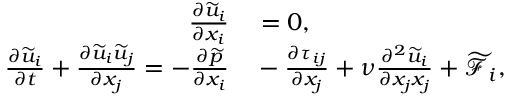
\begin{array} { r l } { \frac { \partial { \widetilde { u } } _ { i } } { \partial x _ { i } } } & { { } = 0 , } \\ { \frac { \partial { \widetilde { u } } _ { i } } { \partial t } + \frac { \partial { \widetilde { u } } _ { i } { \widetilde { u } } _ { j } } { \partial x _ { j } } = - \frac { \partial \widetilde { p } } { \partial x _ { i } } } & { { } - \frac { \partial \tau _ { i j } } { \partial x _ { j } } + \nu \frac { \partial ^ { 2 } { \widetilde { u } } _ { i } } { \partial x _ { j } x _ { j } } + { \widetilde { \mathcal { F } } } _ { i } , } \end{array}